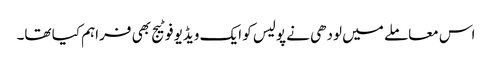
اس معاملے میں لودھی نے پولیس کو ایک ویڈیو فوٹیج بھی فراہم کیا تھا۔